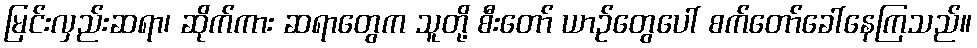
မြင်းလှည်းဆရာ၊ ဆိုက်ကား ဆရာတွေက သူတို့ စီးတော် ယာဉ်တွေပေါ် စက်တော်ခေါ်နေကြသည်။